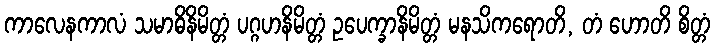
ကာလေနကာလံ သမာဓိနိမိတ္တံ ပဂ္ဂဟနိမိတ္တံ ဥပေက္ခာနိမိတ္တံ မနသိကရောတိ, တံ ဟောတိ စိတ္တံ